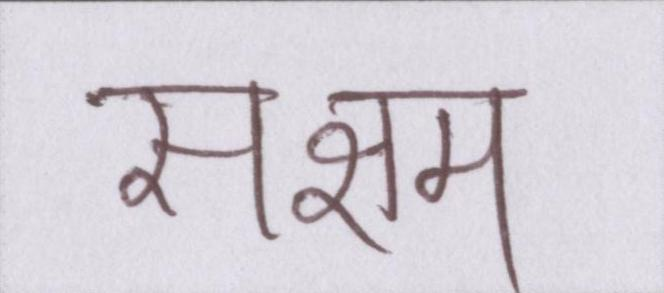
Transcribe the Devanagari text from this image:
सक्षम